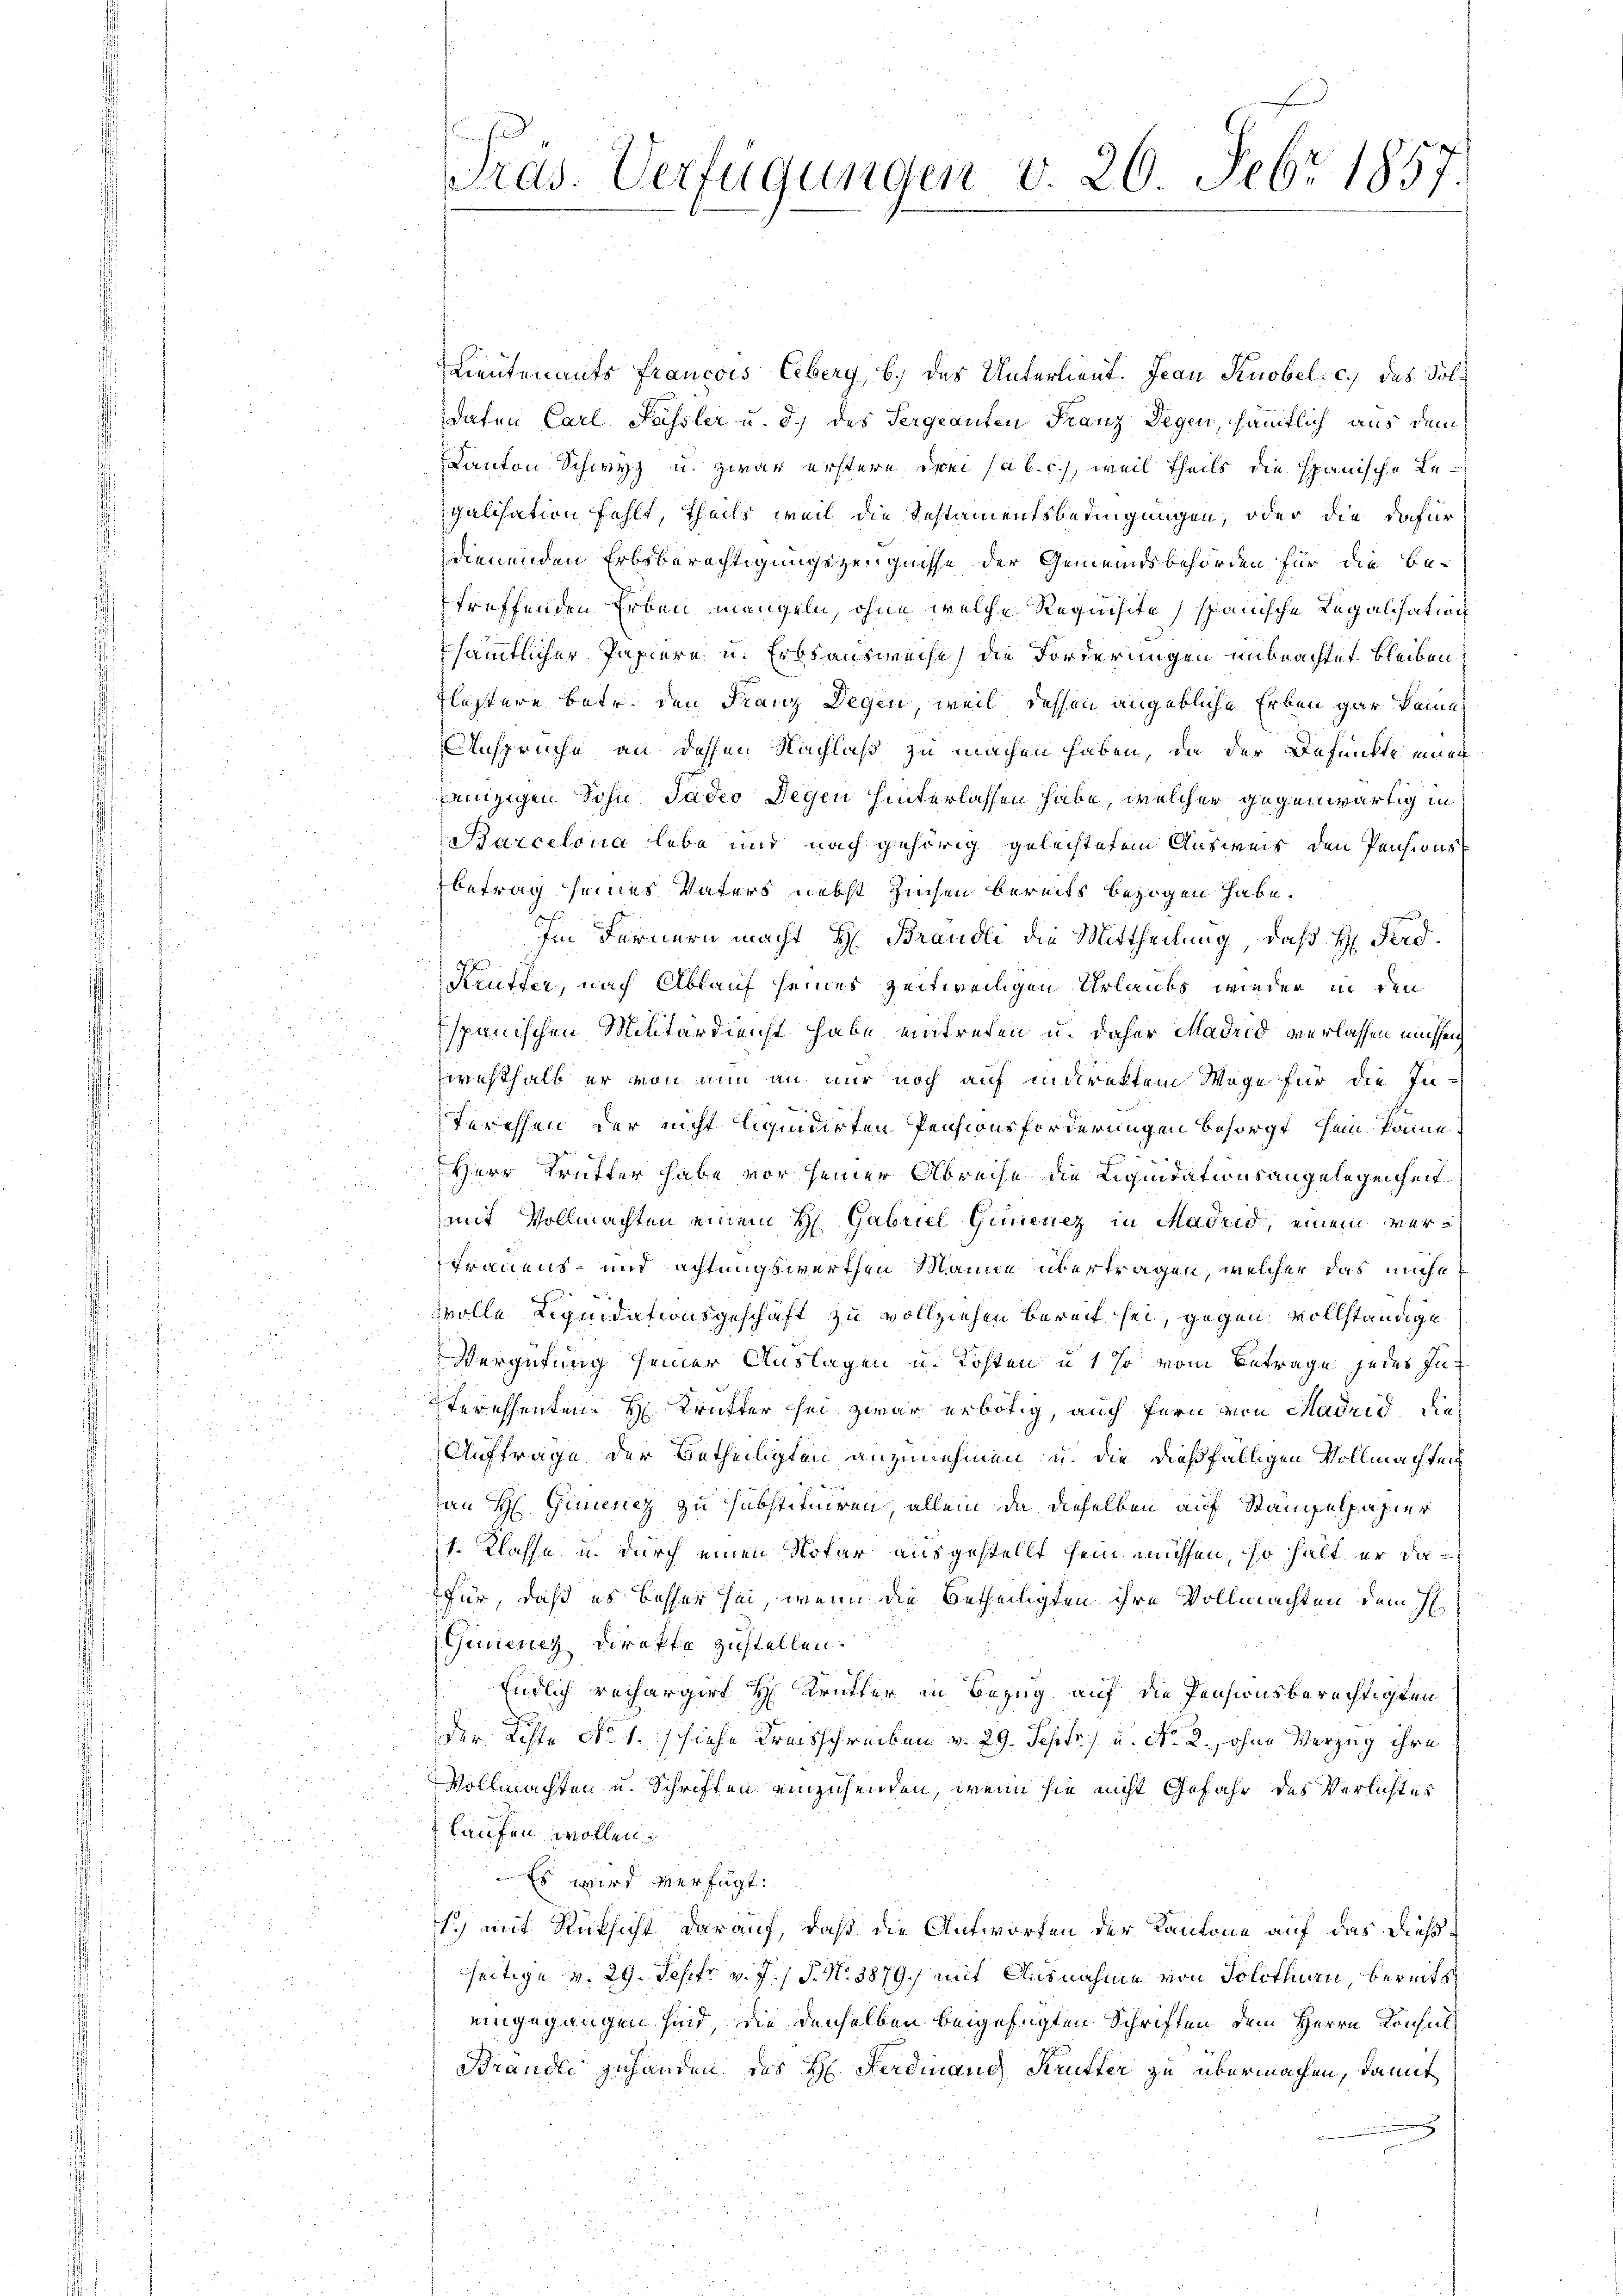
.
Pras. Verfügungen v. 26. Febr 1857.

Lieutenants francois Eberg, b) des Unterlieut. Jean Knobel. c.) des Soldaten Carl Sassler u. d.) des Sergeanten Franz Degen, sämmtlich aus dem
Kanton Schwyz u. zwar erstere drei (ab. c., weil theils die spanische Legalisation fehlt, theils weil die Testamentsbedingungen, oder die dafür
dienenden Erbsberechtigungszeugnisse der Gemeindsbehörden für die betreffenden Erben mangeln, ohne welche Requisite spanische Regalisation
sämmtlicher Papiere u. Erbsausweise die Forderungen unbeachtet bleiben.
Fleztere betr. den Franz Degen, weil dessen angebliche Erben gar keine
Ansprüche an dessen Nachlaß zu machen haben, da der Befunkte einen
fänzigen Sohn Tadeo Degen hinterlassen habe, welcher gegenwärtig in
Barcelona lebe und nach gehörig gelechtetem Ausweis den Pensions
betrag seines Vaters nebst Zinsen bereits bezogen habe.
Im Fernern macht H Brändli die Mittheilung, daß H. Ferd.
Krüfter, nach Ablauf seines zeitweiligen Urlaubs wieder in den
spanischen Militärdienst habe, eintreten u. daher Madrid verlassen müssen,
westhalb er von nun an nur noch auf indirektem Wege für die In-
teressen der nicht liquidirten Pensionsforderungen besorgt sein könne
Herr Trutter habe vor seiner Abreise die Liquidationsangelegenheit
mit Vollmachten einem H. Gabriel Grenz in Madrid, einem ver¬
Frauens- und achtungswerthen Manne übertragen, welcher das miche
wolle Liquidationsgeschäft zu vollziehen bereit sei, gegen vollständige
Vergütung seiner Auslagen u. Kosten u. 1 so vom Betrage jedes Insteressenten H. Kräfter sei zwar erbötig, auch fern von Madrid, die
Auftrage der Betheiligten anzunehmen u. die dießfälligen Vollmachten
an H. Guienz zu substituiren allein, da dieselben auf Stampelpapier
1. Klasse, u. durch einen Notar ausgestellt sein müssen, so halt er da
für, daß es besser sei, wenn die betheiligten ihre Vollmachten dem H
Ginenz Direkte zustellen.
Endlich rechargirt H: Krütter in Bezug auf die Pensionsberechtigten
d
der achte No 1. schiehe Kreisschreiben v. 29. Sept. 1 u. No. 2., ohne Verzug ihre
Vollmachten u. Schriften einzusenden, wenn sie nicht Gefahr des Verlichter
laufen wollen.
Es wird verfügt:
s.) mit Rücksicht darauf, daß die Antworfen der Kantone auf das dießseitige v. 29. Sept v. J. J. N. 3879/ mit Ausnahme von Solothurn, bereits
eingegangen sind, die derselben beigefügten Schriften dem Herrn Konsul
Brandle gehanden das H. Ferdinand Krutter zu übermachen, damit
x